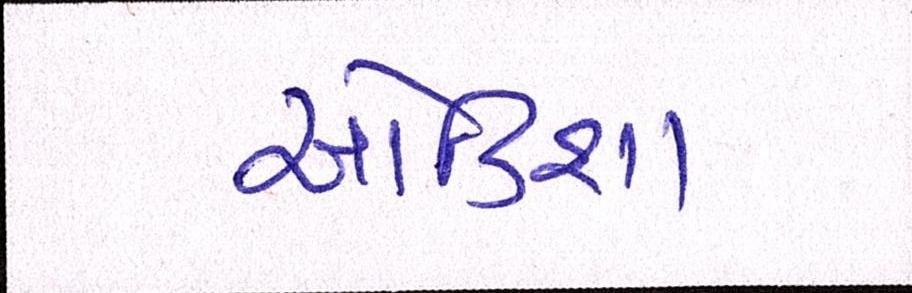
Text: ઓડિશા